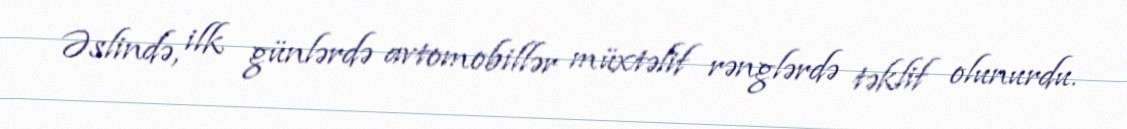
Əslində, ilk günlərdə avtomobillər müxtəlif rənglərdə təklif olunurdu.